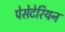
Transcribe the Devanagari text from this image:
पेसेटेरियन